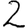
Digit: 2